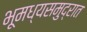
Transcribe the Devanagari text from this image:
भूमध्यसमुद्रात